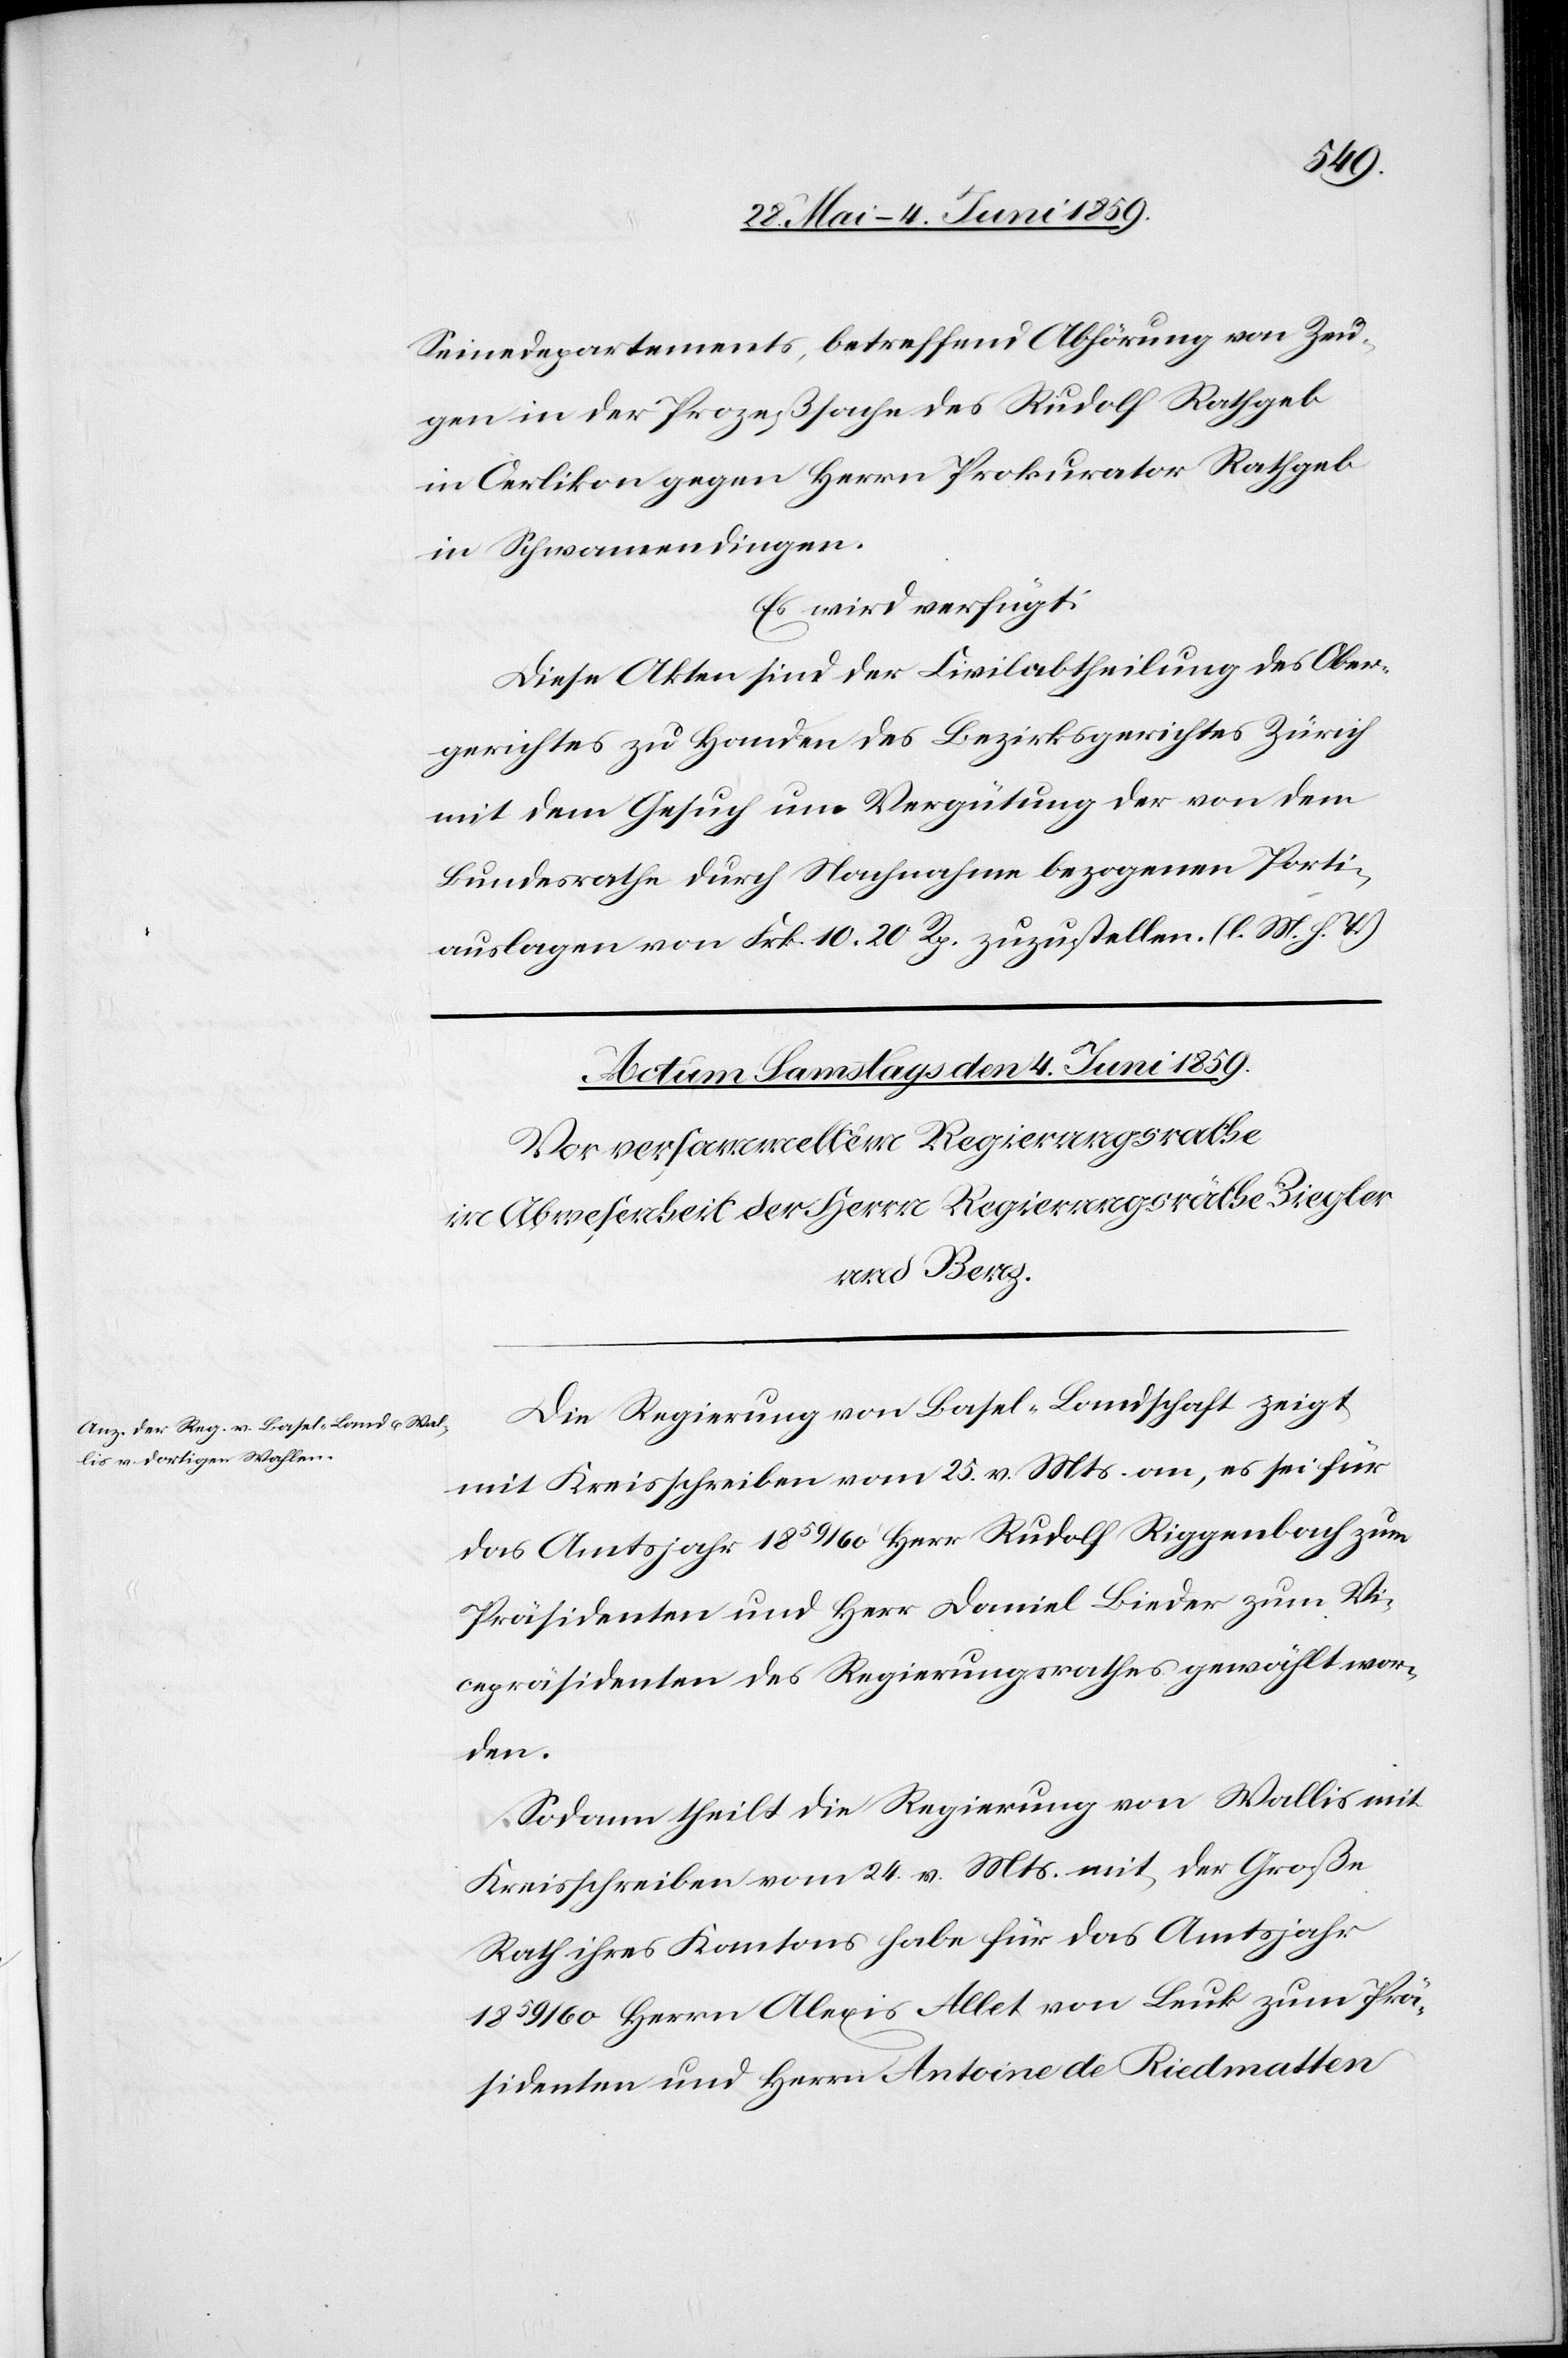
Seinedepartements, betreffend Abhörung von Zeu¬
gen in der Prozeßsache des Rudolf Rathgeb
in Oerlikon gegen Herrn Prokurator Rathgeb
in Schwamendingen.
Es wird verfügt:
Diese Akten sind der Civilabtheilung des Ober¬
gerichtes zu Handen des Bezirksgerichtes Zürich
mit dem Gesuch um Vergütung der von dem
Bundesrath durch Nachnahme bezogenen Porti¬
auslagen von Frk. 10.20 Rp. zuzustellen. (l. M. h. T.)
Die Regierung von Basel-Landschaft zeigt
mit Kreisschreiben vom 25. v. Mts. an, es sei für
das Amtsjahr 1859/60 Herr Rudolf Riggenbach zum
Präsidenten und Herr Daniel Binder zum Vi¬
cepräsidenten des Regierungsrathes gewählt wor¬
den.
Sodann theilt die Regierung von Wallis mit
Kreisschreiben vom 24. v. Mts. mit, der Große
Rath ihres Kantons habe für das Amtsjahr
1859/60 Herrn Alexis Allet von Leuk zum Prä¬
sidenten und Herrn Antoine de Riedmatter